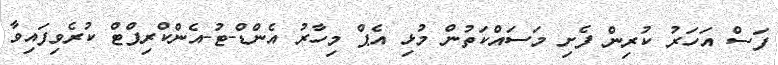
ފަސް އަހަރު ކުރިން ފެށި މަސައްކަތުން މުޅި އެޕް މިހާރު އެންޑް-ޓު-އެންކްރިޕްޓް ކުރެވިފައިވާ